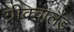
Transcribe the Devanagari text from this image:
ग्रीक्वालैंड